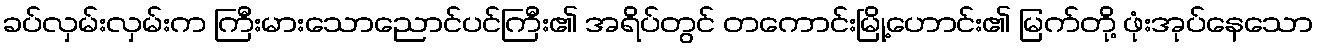
ခပ်လှမ်းလှမ်းက ကြီးမားသောညောင်ပင်ကြီး၏ အရိပ်တွင် တကောင်းမြို့ဟောင်း၏ မြက်တို့ ဖုံးအုပ်နေသော